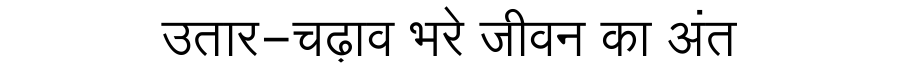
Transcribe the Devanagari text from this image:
उतार-चढ़ाव भरे जीवन का अंत